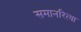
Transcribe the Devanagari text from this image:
समानरित्या